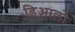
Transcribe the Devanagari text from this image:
डिआलो